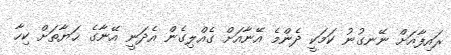
ރައިފާއަށް ނޭނގުނު ކަމަކީ ދެންމެ އޭނާއަށް ގެއްލިގެން އެދަނީ އޭނާގެ ޙަޔާތަށް ކިހާ